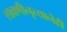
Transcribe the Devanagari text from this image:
लावणीनृत्यानेही